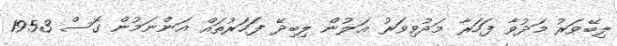
ލިބޭވަރު މަދުވާ ފަހަރާ މަދުވިވަރު އަލުން ލިބިދޭ ފަހަރުތައް އަންނަމުން ގޮސް 1953